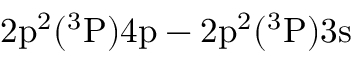
\mathrm { 2 p ^ { 2 } ( ^ { 3 } P ) 4 p - 2 p ^ { 2 } ( ^ { 3 } P ) 3 s }